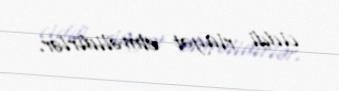
ciddi riayət etməlidirlər.